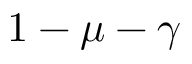
1 - \mu - \gamma